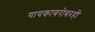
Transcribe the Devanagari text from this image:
गायकाबरोबरही